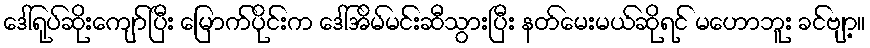
ဒေါ်ရုပ်ဆိုးကျော်ပြီး မြောက်ပိုင်းက ဒေါ်အိမ်မင်းဆီသွားပြီး နတ်မေးမယ်ဆိုရင် မဟောဘူး ခင်ဗျာ့။